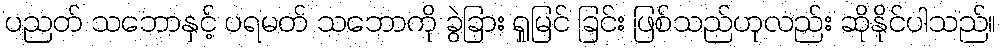
ပညတ် သဘောနှင့် ပရမတ် သဘောကို ခွဲခြား ရှုမြင် ခြင်း ဖြစ်သည်ဟုလည်း ဆိုနိုင်ပါသည်။